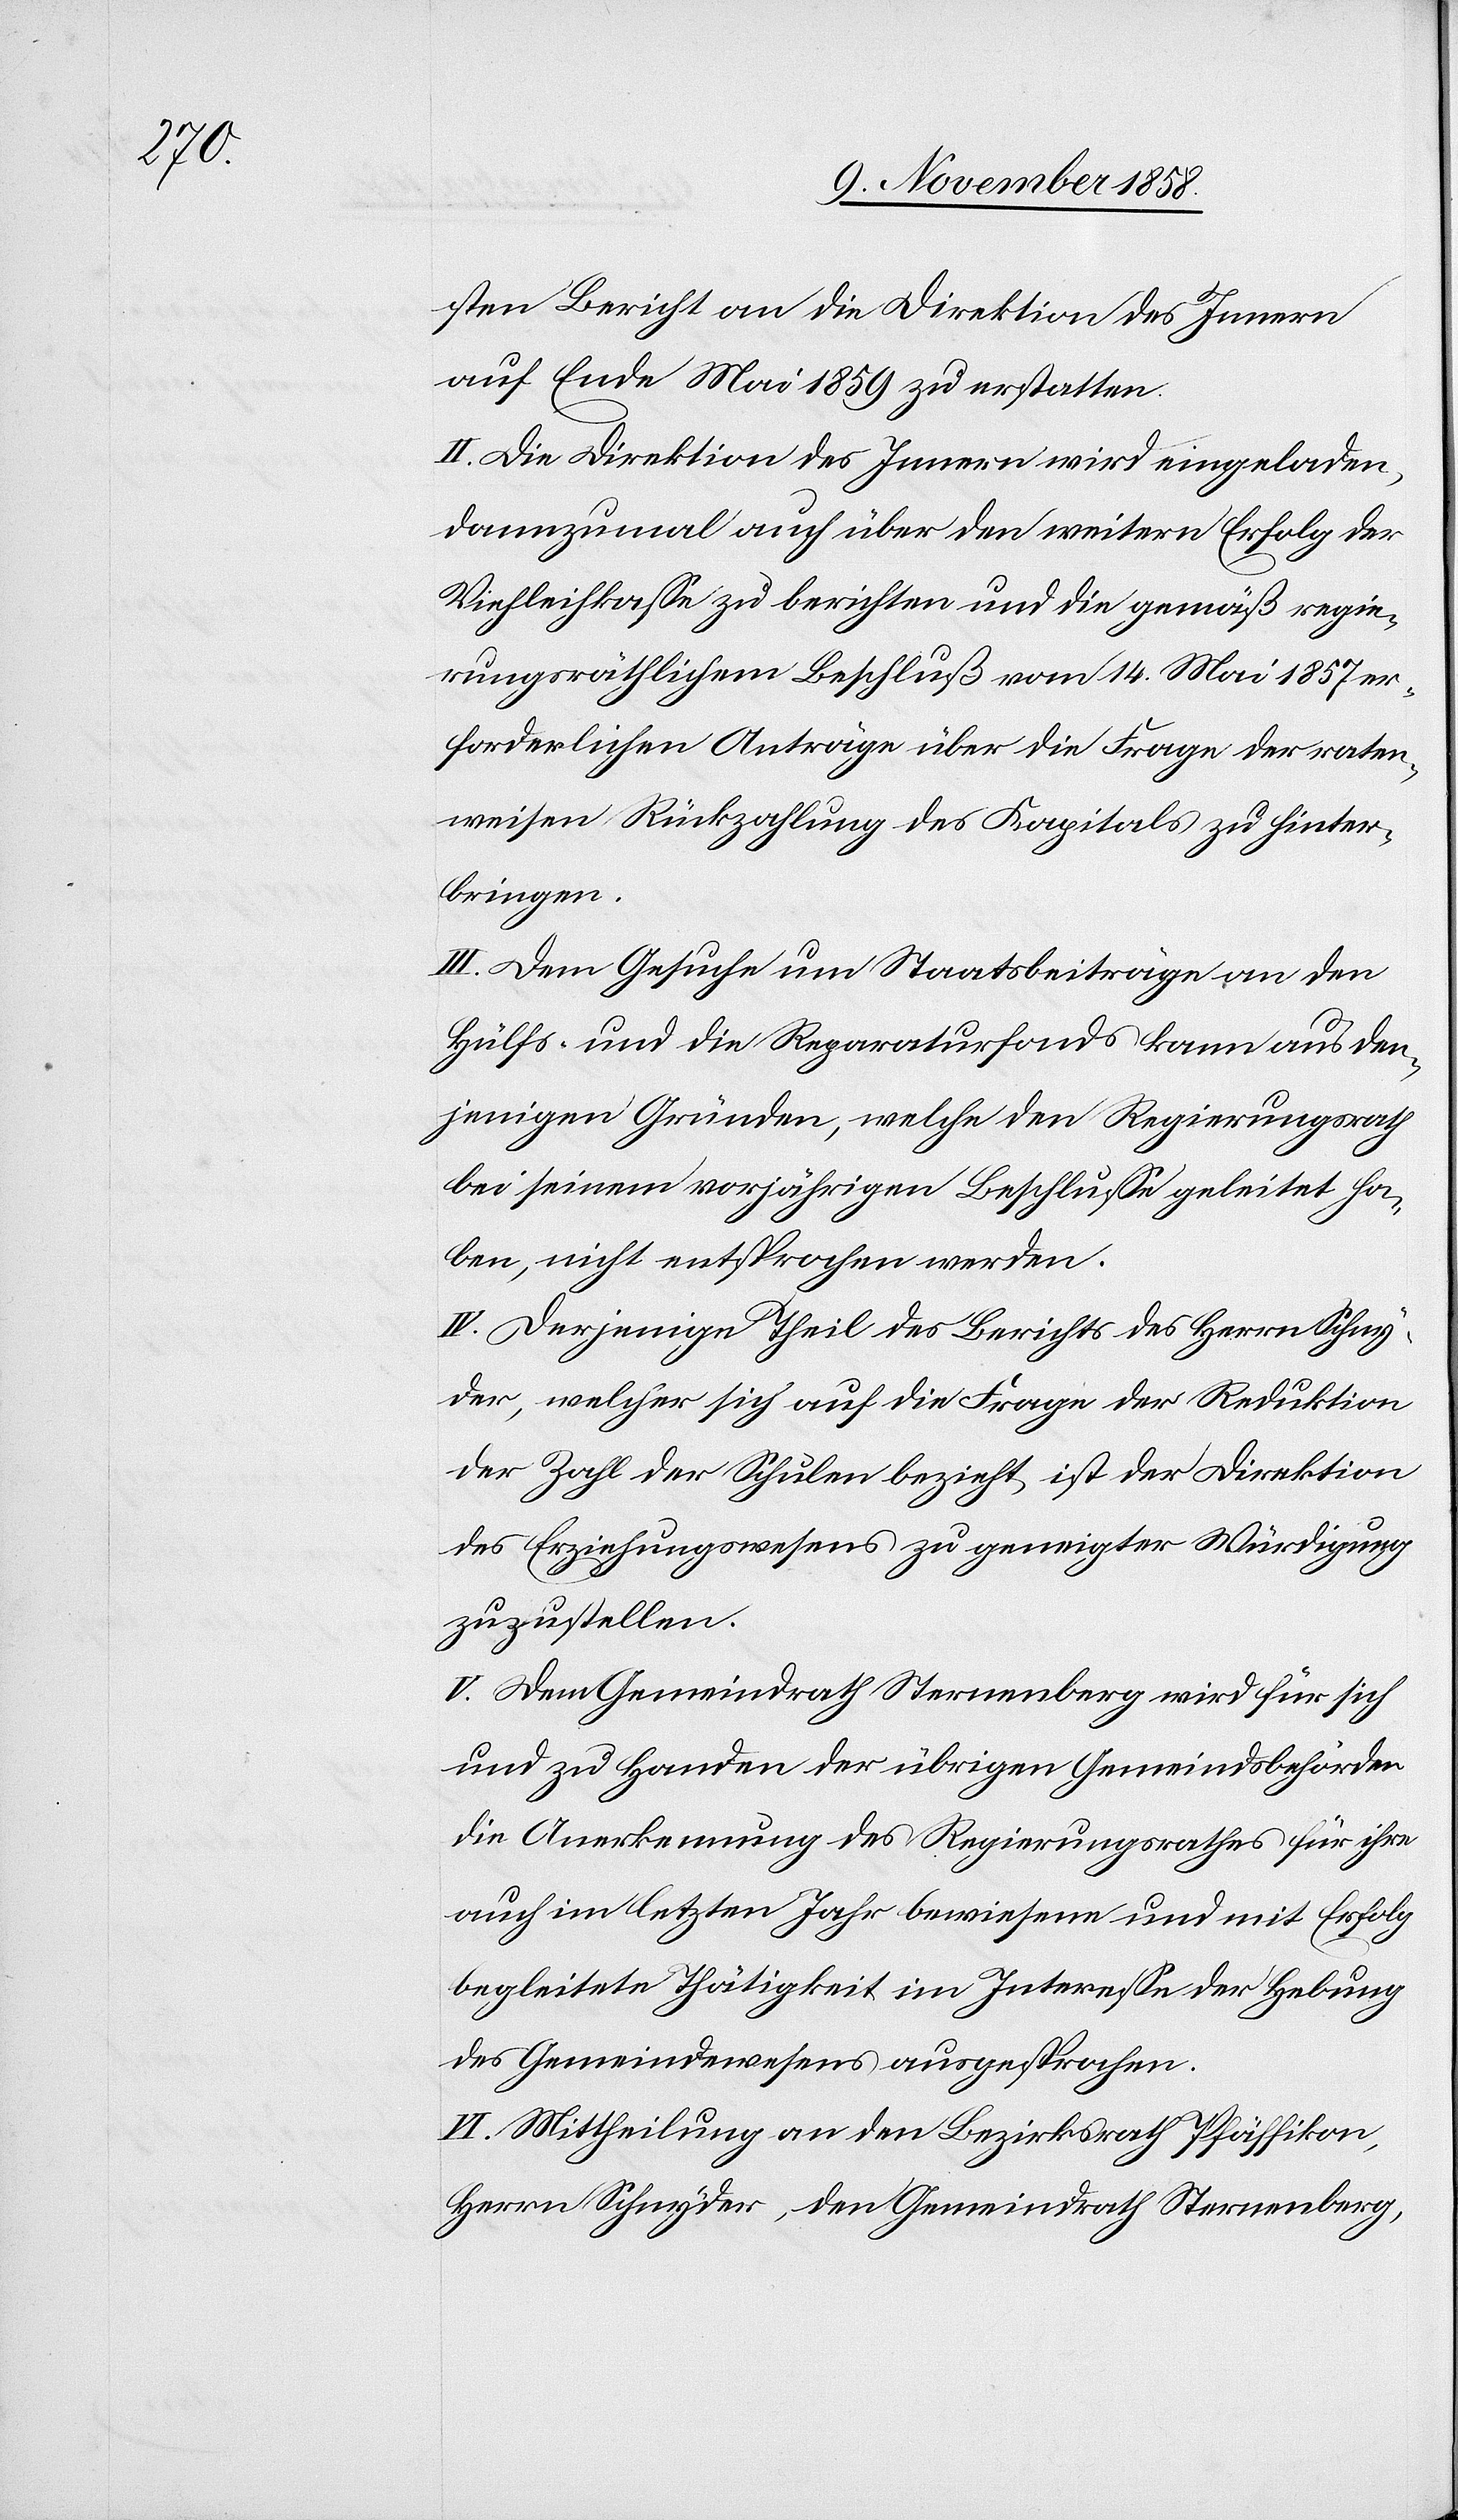
sten Bericht an die Direktion des Innern
auf Ende Mai 1859 zu erstatten.
II. Die Direktion des Innern wird eingeladen,
dannzumal auch über den weitern Erfolg der
Viehleihkasse zu berichten und die gemäß regie¬
rungsräthlichem Beschluß vom 14. Mai 1857 er¬
forderlichen Anträge über die Frage der raten¬
weisen Rückzahlung des Kapitals zu hinter¬
bringen.
III. Dem Gesuche um Staatsbeiträge an den
Hülfs- und die Reparaturfonds kann aus den¬
jenigen Gründen, welche den Regierungsrath
bei seinem vorjährigen Beschlusse geleitet ha¬
ben, nicht entsprochen werden.
IV. Derjenige Theil des Berichts des Herrn Schny¬
der, welcher sich auf die Frage der Reduktion
der Zahl der Schulen bezieht, ist der Direktion
des Erziehungswesens zu geneigter Würdigung
zuzustellen.
V. Dem Gemeindrath Sternenberg wird für sich
und zu Handen der übrigen Gemeindsbehörden
die Anerkennung des Regierungsrathes für ihre
auch im letzten Jahr bewiesene und mit Erfolg
begleitete Thätigkeit im Interesse der Hebung
des Gemeindewesens ausgesprochen.
VI. Mittheilung an den Bezirksrath Pfäffikon,
Herrn Schnyder, den Gemeindrath Sternenberg,